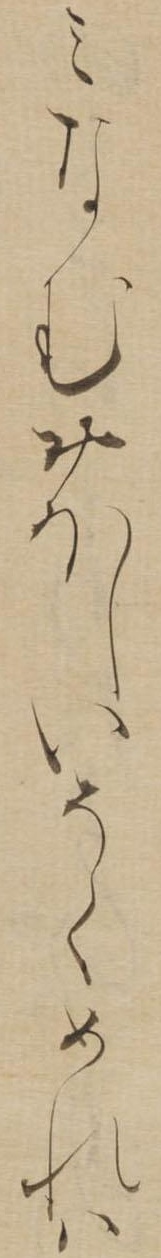
みなむおほしいそくめれは